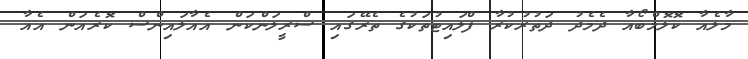
މާލެއާ ކޮލޮމްބޯއާ ދެމެދު ދަތުރުކުރާ ފްލައިޓުތަކުގެ ތެރޭގައި ސްރީލަންކަން އެއާލައިންސް ކޮރެއަން އެއާ